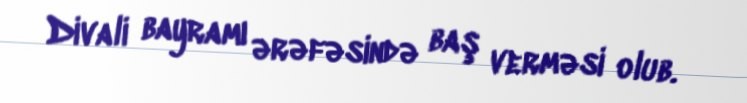
Divali bayramı ərəfəsində baş verməsi olub.